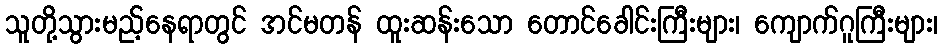
သူတို့သွားမည့်နေရာတွင် အင်မတန် ထူးဆန်းသော တောင်ခေါင်းကြီးများ၊ ကျောက်ဂူကြီးများ၊